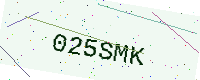
Text: 025SMK